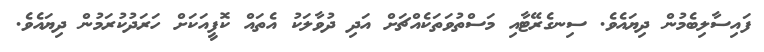
ފައިސާލިބެމުން ދިޔައެވެ. ސިނގެރޭޓާއި މަސްތުވަތަކެއްޗަށް އަދި ދުވާލަކު އެތައް ކޮފީއަކަށް ހަރަދުކުރަމުން ދިޔައެވެ.